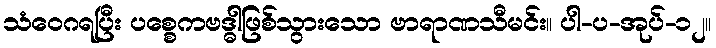
သံဝေဂရပြီး ပစ္စေကဗဒ္ဓါဖြစ်သွားသော ဗာရာဏသီမင်း။ ပါ-ပ-အုပ်-၁၂။